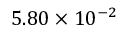
5 . 8 0 \times 1 0 ^ { - 2 }